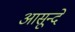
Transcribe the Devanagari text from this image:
आसून्दे